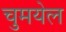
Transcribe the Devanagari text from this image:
चुमयेल